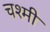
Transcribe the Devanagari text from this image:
चश्मी